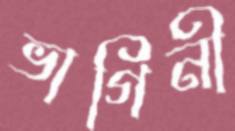
ভাগিনী